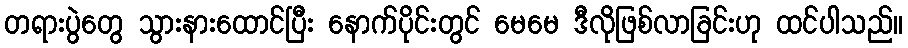
တရားပွဲတွေ သွားနားထောင်ပြီး နောက်ပိုင်းတွင် မေမေ ဒီလိုဖြစ်လာခြင်းဟု ထင်ပါသည်။